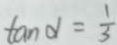
\tan d = \frac { 1 } { 3 }